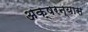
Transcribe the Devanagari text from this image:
अक्षरन्यास